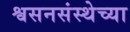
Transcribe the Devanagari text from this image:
श्वसनसंस्थेच्या